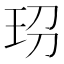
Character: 𤤊